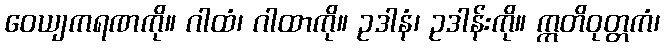
ဝေယျကရဏကို။ ဂါထံ၊ ဂါထာကို။ ဥဒါနံ၊ ဥဒါန်းကို။ ဣတိဝုတ္တကံ၊